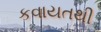
કવાયતથી